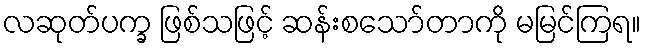
လဆုတ်ပက္ခ ဖြစ်သဖြင့် ဆန်းစသော်တာကို မမြင်ကြရ။